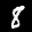
Label: 8